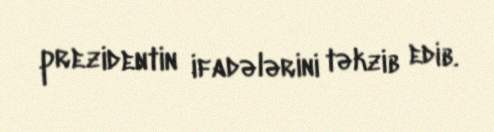
prezidentin ifadələrini təkzib edib.